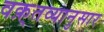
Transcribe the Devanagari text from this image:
वक़्तव्यानुसार